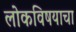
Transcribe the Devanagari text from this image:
लोकविषयाचा